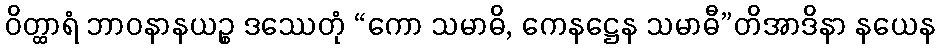
ဝိတ္ထာရံ ဘာဝနာနယဉ္စ ဒဿေတုံ “ကော သမာဓိ, ကေနဋ္ဌေန သမာဓီ”တိအာဒိနာ နယေန